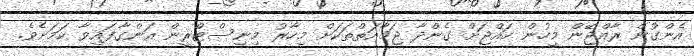
އެންގުން ރާއްޖޭން މީހުން ހައްޖަށް ގެންދާ ޖަމާއަތްތަކަށް މިހާރު މިނިސްޓްރީން އަންގާފައިވާ ކަމަށެވެ.